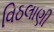
વિઠલાણી